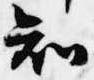
知